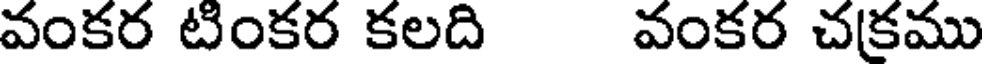
వంకర టింకర కలది వంకర చ(కము